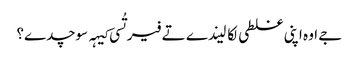
‏ جے اوہ اپنی غلطی لکا لیندے تے فیر تُسی کیہہ سوچدے؟